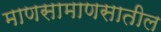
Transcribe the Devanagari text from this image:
माणसामाणसातील